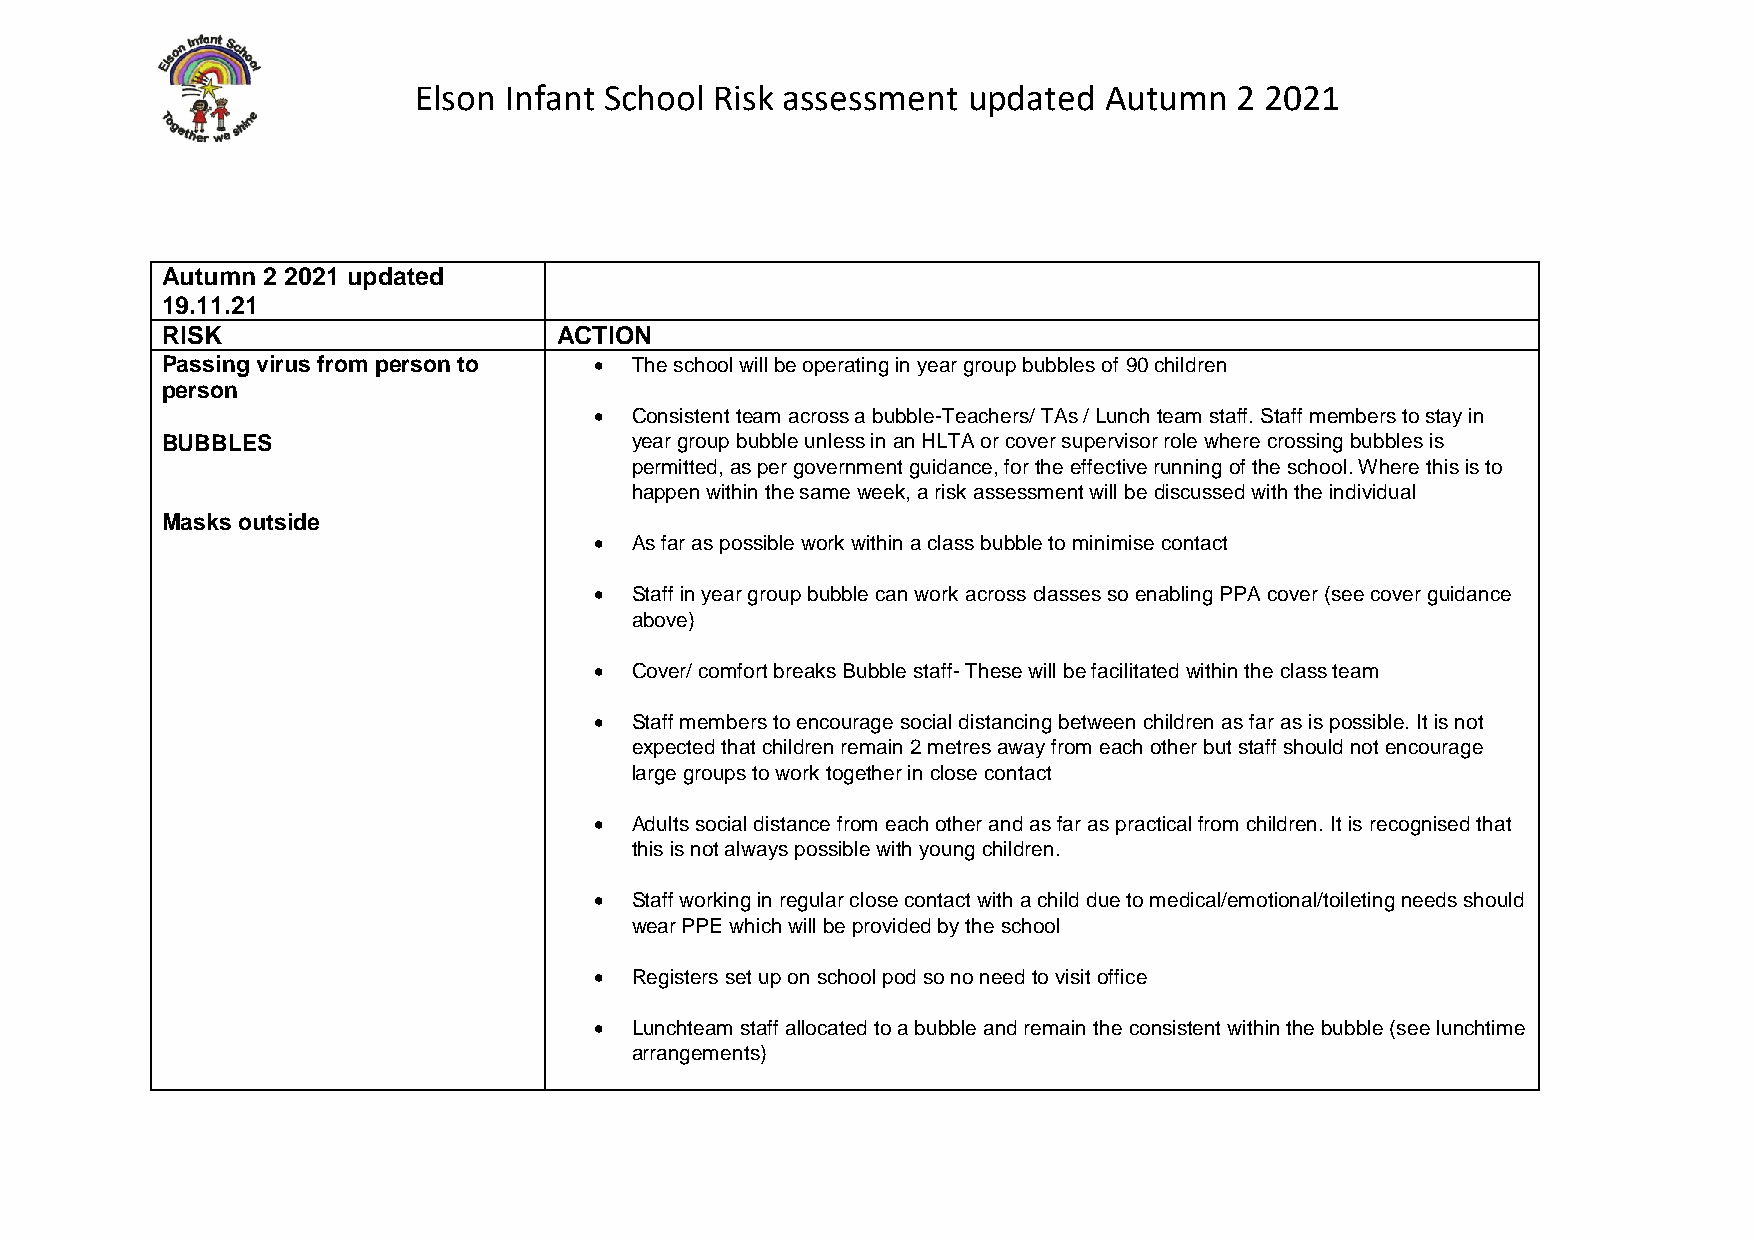
Elson Infant School Risk assessment  updated  Autumn   2 2021
 Autumn 2 2021 updated
 19.11.21
 RISK                      ACTION
 Passing virus from person to  The school will be operating in year group bubbles of 90 children
 person
   Consistent team across a bubble-Teachers/ TAs / Lunch team staff. Staff members to stay in
 BUBBLES                        year group bubble unless in an HLTA or cover supervisor role where crossing bubbles is
 permitted, as per government guidance, for the effective running of the school. Where this is to
 happen within the same week, a risk assessment will be discussed with the individual
 Masks outside
   As far as possible work within a class bubble to minimise contact
   Staff in year group bubble can work across classes so enabling PPA cover (see cover guidance
 above)
   Cover/ comfort breaks Bubble staff- These will be facilitated within the class team
   Staff members to encourage social distancing between children as far as is possible. It is not
 expected that children remain 2 metres away from each other but staff should not encourage
 large groups to work together in close contact
   Adults social distance from each other and as far as practical from children. It is recognised that
 this is not always possible with young children.
   Staff working in regular close contact with a child due to medical/emotional/toileting needs should
 wear PPE which will be provided by the school
   Registers set up on school pod so no need to visit office
   Lunchteam staff allocated to a bubble and remain the consistent within the bubble (see lunchtime
 arrangements)